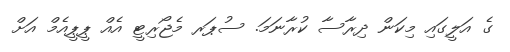
ގެ އަލީގައި މިކަން ދިރާސާ ކުރާނަމަ. ސުޕަރ މެޖޯރިޓީ އެއް ޕީޕީއެމް އަށް